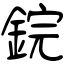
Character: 鋎